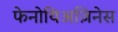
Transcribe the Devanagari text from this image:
फेनोथिअज़िनेस